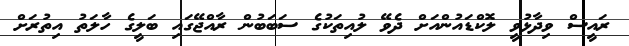
ރައީސް ވިދާޅުވީ ލޮކްޑައުންއަށް ދެވޭ ލުއިތަކުގެ ސަބަބުން ރާއްޖޭގައި ބަލީގެ ހާލަތު އިތުރަށް